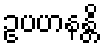
ဥပဟနန္တိ